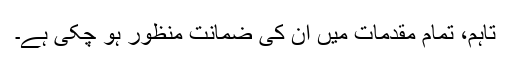
تاہم، تمام مقدمات میں ان کی ضمانت منظور ہو چکی ہے۔